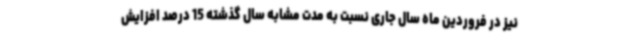
نیز در فروردین ماه سال جاری نسبت به مدت مشابه سال گذشته 15 درصد افزایش